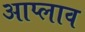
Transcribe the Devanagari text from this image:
आप्लाव